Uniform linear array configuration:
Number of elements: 24
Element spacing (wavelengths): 0.25
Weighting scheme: hann
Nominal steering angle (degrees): -30
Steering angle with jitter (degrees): -31.518
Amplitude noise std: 0.05
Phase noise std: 0.05

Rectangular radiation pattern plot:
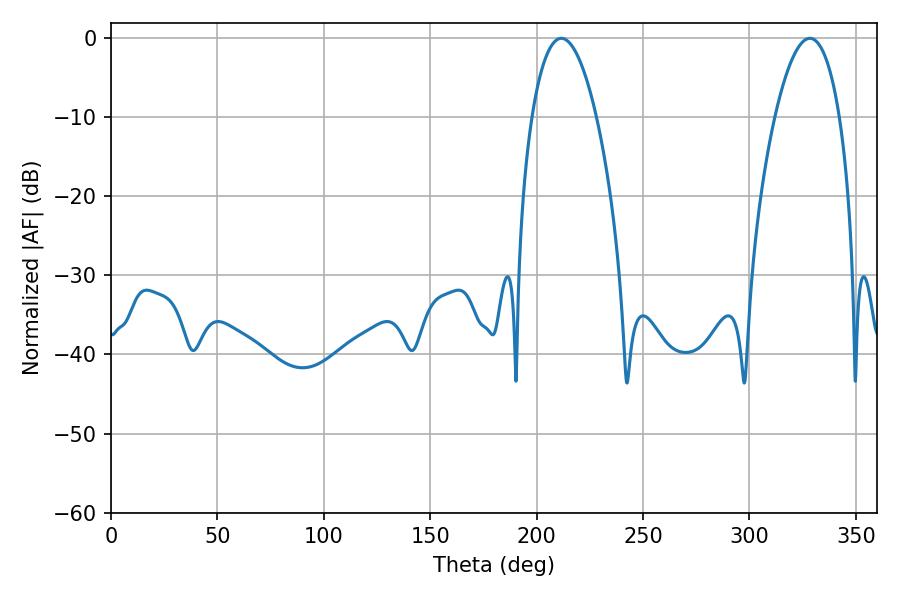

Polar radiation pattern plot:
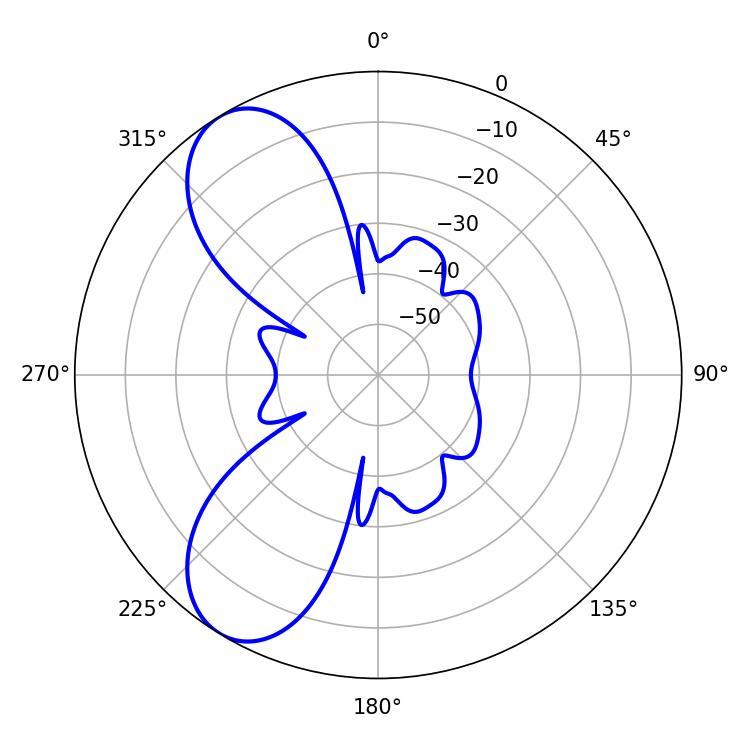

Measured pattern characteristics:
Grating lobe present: FALSE
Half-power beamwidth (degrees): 16.92
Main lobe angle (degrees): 211.68